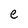
Character: e